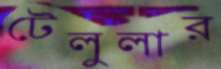
টেলুলার